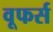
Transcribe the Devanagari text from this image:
वूफर्स